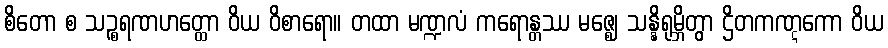
စိတော စ သဉ္စရဏဟတ္ထော ဝိယ ဝိစာရော။ တထာ မဏ္ဍလံ ကရောန္တဿ မဇ္ဈေ သန္နိရုမ္ဘိတွာ ဌိတကဏ္ဋကော ဝိယ